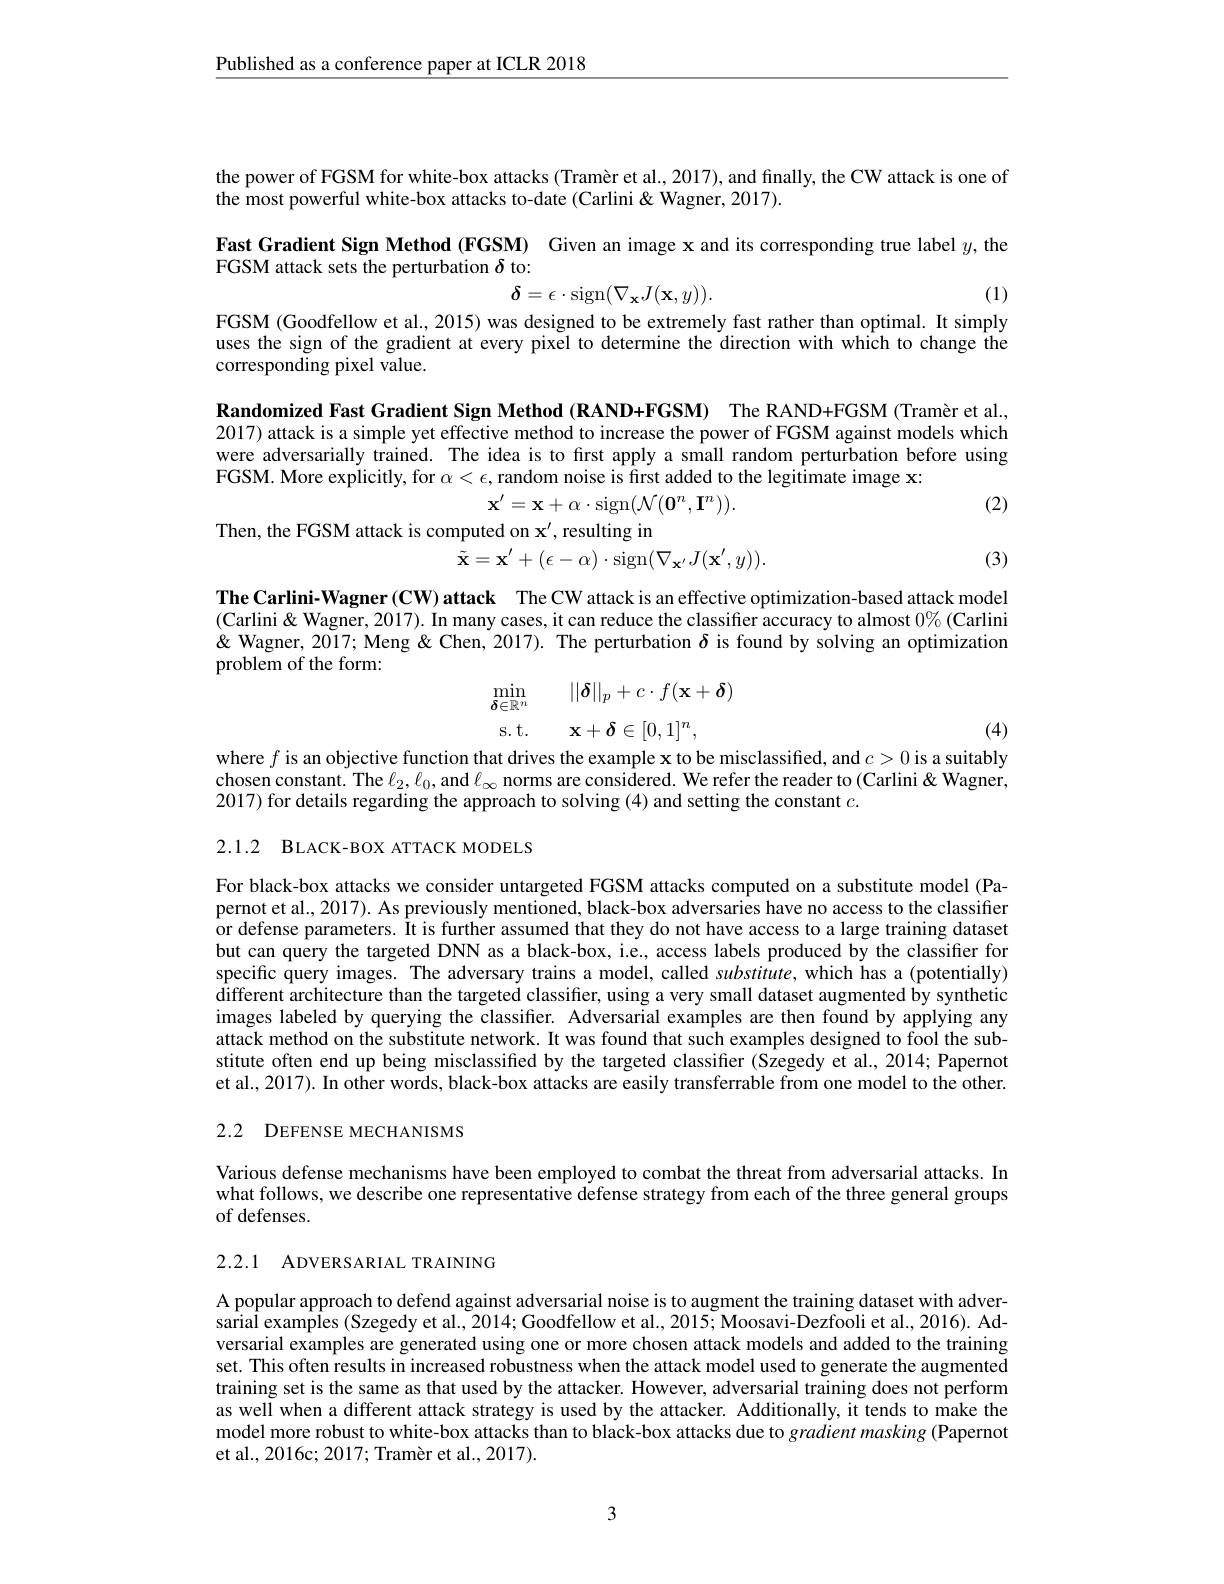
Published as a conference paper at ICLR 2018

the power of FGSM for white-box attacks (Tramèr et al., 2017), and finally, the CW attack is one of
the most powerful white-box attacks to-date (Carlini &Wagner, 2017).
Fast Gradient Sign Method (FGSM) Given an image x and its corresponding true label $y$, the
FGSM attack sets the perturbation $\delta$ to:
(1)
$$\delta=\epsilon\cdot\mathrm{sign}(\nabla_{\mathbf{x}}J(\mathbf{x},y)).$$
FGSM (Goodfellow et al., 2015) was designed to be extremely fast rather than optimal. It simply

uses the sign of the gradient at every pixel to determine the direction with which to change the
corresponding pixel value.

Randomized Fast Gradient Sign Method (RAND+FGSM) The RAND+FGSM (Tramèr et al., 2017) attack is a simple yet effective method to increase the power of FGSM against models which were adversarially trained. The idea is to first apply a small random perturbation before using FGSM. More explicitly, for $\alpha<\epsilon$,random noise is first added to the legitimate image x:
$$\mathbf{x}'=\mathbf{x}+\alpha\cdot\mathrm{sign}(\mathcal{N}(\mathbf{0}^n,\mathbf{I}^n))$$
(2)

Then, the FGSM attack is computed on x', resulting in

(3)
$$\hat{\tilde{\mathbf{x}}}=\mathbf{x}^{\prime}+(\epsilon-\alpha)\cdot\bar{\mathrm{sign}}(\nabla_{\mathbf{x}^{\prime}}J(\mathbf{x}^{\prime},y)).$$
The Carlini-Wagner(CW) attack The CW attack is an effective optimization-based attack model $(\bar{\text{Carlini }\&\text{ Wagner, 2017). In many cases, it can reduce the classifier accuracy to almost }0\%}($Carlini $\&$ & " Meng " Meng " Meng " Meng " Meng " Meng " Meng " Meng " Meng " Meng " Meng " Meng " Serturbation $\delta$ is found by solving an optimization problem of the form:
$$\begin{aligned}\min_{\delta\in\mathbb{R}^{n}}&&||\boldsymbol{\delta}||_{p}+c\cdot f(\mathbf{x}+\boldsymbol{\delta})\\\mathrm{s.t.}&&\mathbf{x}+\boldsymbol{\delta}\in[0,1]^{n},\\\end{aligned}$$
(4)

where $f$ is an objective function that drives the example x to be misclassified, and $c>0$ is a suitably chosen constant. The $\ell_2,\ell_0$, and $\ell_\infty$ norms are considered. We refer the reader to (Carlini& Wagner, 2017) for details regarding the approach to solving (4) and setting the constant $c.$

2.1.2 BLACK-BOX ATTACK MODELS

For black-box attacks we consider untargeted FGSM attacks computed on a substitute model (Papernot et al., 2017). As previously mentioned, black-box adversaries have no access to the classifier or defense parameters. It is further assumed that they do not have access to a large training dataset but can query the targeted DNN as a black-box, i.e., access labels produced by the classifier for specific query images. The adversary trains a model, called substitute, which has a (potentially) different architecture than the targeted classifier, using a very small dataset augmented by synthetic images labeled by querying the classifier. Adversarial examples are then found by applying any attack method on the substitute network. It was found that such examples designed to fool the substitute often end up being misclassified by the targeted classifier (Szegedy et al., 2014; Papernot et al., 2017). In other words, black-box attacks are easily transferrable from one model to the other.

## 2.2 DEFENSE MECHANISMS

Various defense mechanisms have been employed to combat the threat from adversarial attacks. In what follows, we describe one representative defense strategy from each of the three general groups of defenses.

2.2.1 ADVERSARIAL TRAINING

A popular approach to defend against adversarial noise is to augment the training dataset with adversarial examples (Szegedy et al., 2014; Goodfellow et al., 2015; Moosavi-Dezfooli et al., 2016). Adversarial examples are generated using one or more chosen attack models and added to the training set. This often results in increased robustness when the attack model used to generate the augmented training set is the same as that used by the attacker. However, adversarial training does not perform as well when a different attack strategy is used by the attacker. Additionally, it tends to make the model more robust to white-box attacks than to black-box attacks due to gradient masking (Papernot et al., 2016c; 2017; Tramèr et al., 2017).

3